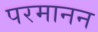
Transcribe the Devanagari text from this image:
परमानन